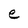
Character: e